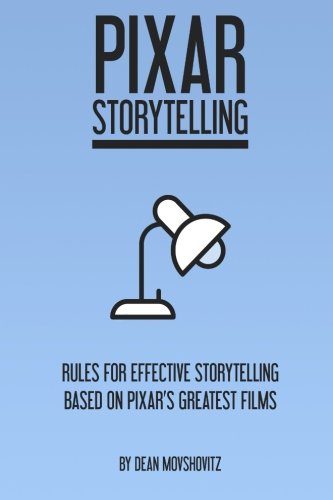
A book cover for Pixar Storytelling: Rules for Effective Storytelling Based on Pixar's Greatest Films; Dean Movshovitz; Humor & Entertainment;